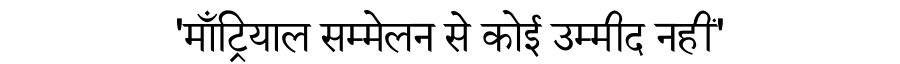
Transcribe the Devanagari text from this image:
'माँट्रियाल सम्मेलन से कोई उम्मीद नहीं'